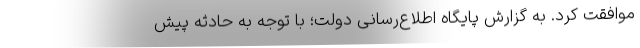
موافقت کرد. به گزارش پایگاه اطلاع‌رسانی دولت؛ با توجه به حادثه پیش